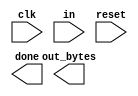
// The PS/2 mouse protocol sends messages that are three bytes long. However, within a continuous byte stream, it's not obvious where messages start and end. The only indication is that the first byte of each three byte message always has bit[3]=1 (but bit[3] of the other two bytes may be 1 or 0 depending on data).

// We want a finite state machine that will search for message boundaries when given an input byte stream. The algorithm we'll use is to discard bytes until we see one with bit[3]=1. We then assume that this is byte 1 of a message, and signal the receipt of a message once all 3 bytes have been received (done).


//Now that you have a state machine that will identify three-byte messages in a PS/2 byte stream, add a datapath that will also output the 24-bit (3 byte) message whenever a packet is received (out_bytes[23:16] is the first byte, out_bytes[15:8] is the second byte, etc.).

// out_bytes needs to be valid whenever the done signal is asserted. You may output anything at other times (i.e., don't-care).


// Hint: Use the FSM from PS/2 packet parser and add a datapath to capture the incoming bytes.

module top_module(
    input clk,
    input [7:0] in,
    input reset,    // Synchronous reset
    output [23:0] out_bytes,
    output done); //

    // Insert your code below
    
    // FSM from fsm_ps2

    // New: Datapath to store incoming bytes.

endmodule